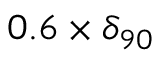
0 . 6 \times \delta _ { 9 0 }